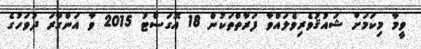
ވީމާ މިކަމަށް ޝައުޤުވެރިވެލައްވާ ފަރާތްތަކުން 18 އޮގަސްޓު 2015 ވާ އަންގާރަ ދުވަހުގެ